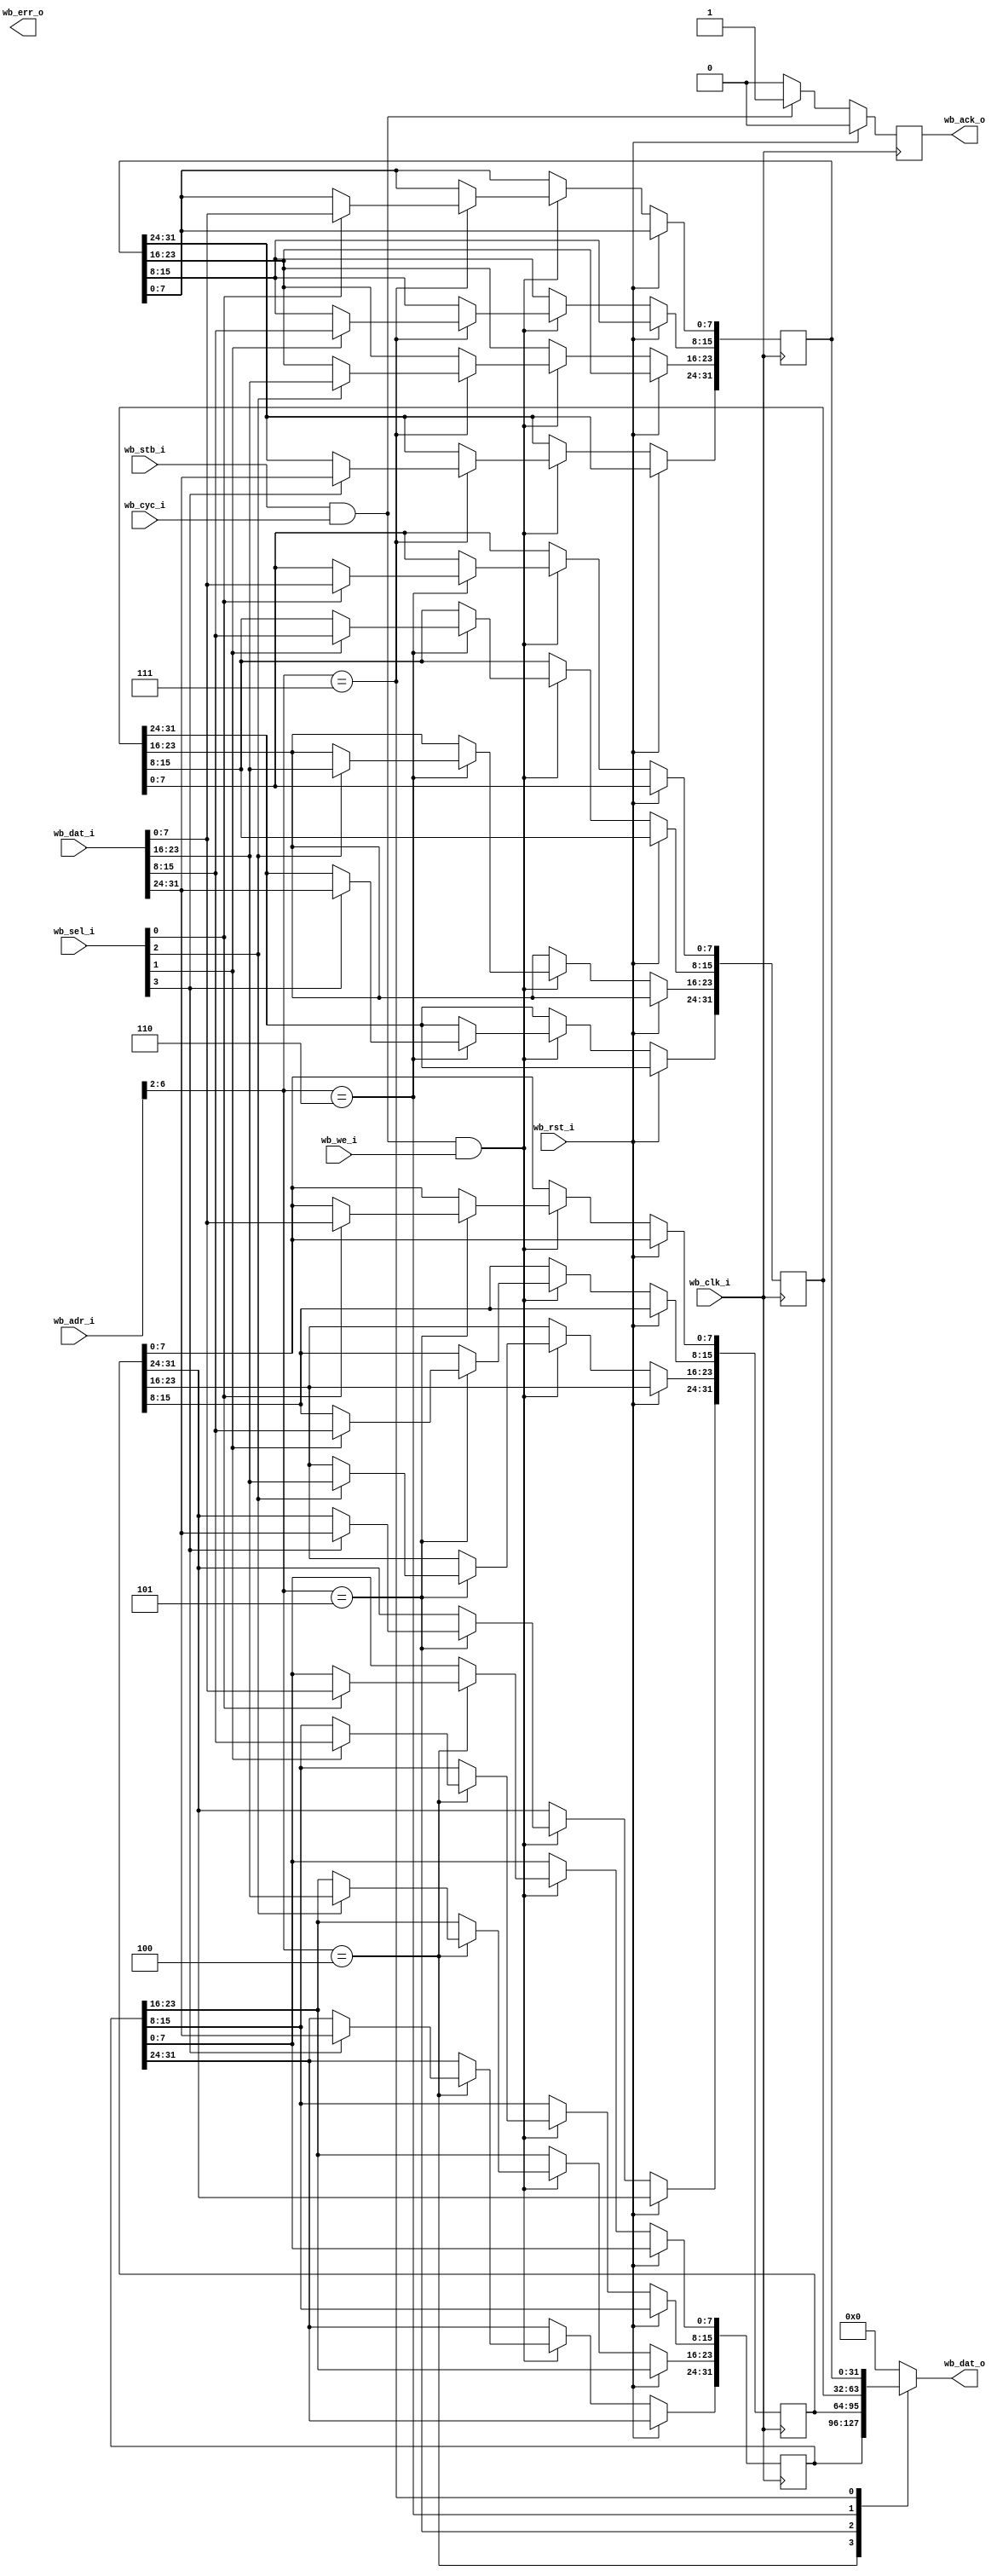
module sys_block #(
    parameter     BOARD_ID = 32'h0,
    parameter     REV_MAJ  = 32'h0,
    parameter     REV_MIN  = 32'h0,
    parameter     REV_RCS  = 32'h0
  )  (
    input         wb_clk_i,
    input         wb_rst_i,
    input         wb_cyc_i,
    input         wb_stb_i,
    input         wb_we_i,
    input   [3:0] wb_sel_i,
    input  [31:0] wb_adr_i,
    input  [31:0] wb_dat_i,
    output [31:0] wb_dat_o,
    output        wb_ack_o,
    output        wb_err_o

    //input         debug_clk,
    //input  [31:0] regin_0,
    //input  [31:0] regin_1,
    //input  [31:0] regin_2,
    //input  [31:0] regin_3,
    //input  [31:0] regin_4,
    //input  [31:0] regin_5,
    //input  [31:0] regin_6,
    //input  [31:0] regin_7,

    //output [31:0] regout_0,
    //output [31:0] regout_1,
    //output [31:0] regout_2,
    //output [31:0] regout_3,
    //output [31:0] regout_4,
    //output [31:0] regout_5,
    //output [31:0] regout_6,
    //output [31:0] regout_7
  );

  /* latch data in */
  //reg [31:0] regin_0_R;
  //reg [31:0] regin_1_R;
  //reg [31:0] regin_2_R;
  //reg [31:0] regin_3_R;
  //reg [31:0] regin_4_R;
  //reg [31:0] regin_5_R;
  //reg [31:0] regin_6_R;
  //reg [31:0] regin_7_R;
  //reg [31:0] regin_0_RR;
  //reg [31:0] regin_1_RR;
  //reg [31:0] regin_2_RR;
  //reg [31:0] regin_3_RR;
  //reg [31:0] regin_4_RR;
  //reg [31:0] regin_5_RR;
  //reg [31:0] regin_6_RR;
  //reg [31:0] regin_7_RR;

  //always @(posedge wb_clk_i) begin
  //  regin_0_R <= regin_0;
  //  regin_1_R <= regin_1;
  //  regin_2_R <= regin_2;
  //  regin_3_R <= regin_3;
  //  regin_4_R <= regin_4;
  //  regin_5_R <= regin_5;
  //  regin_6_R <= regin_6;
  //  regin_7_R <= regin_7;
  //  regin_0_RR<= regin_0_R;
  //  regin_1_RR<= regin_1_R;
  //  regin_2_RR<= regin_2_R;
  //  regin_3_RR<= regin_3_R;
  //  regin_4_RR<= regin_4_R;
  //  regin_5_RR<= regin_5_R;
  //  regin_6_RR<= regin_6_R;
  //  regin_7_RR<= regin_7_R;
  //end

  ///* latch data out */
  //reg [31:0] regout_0_reg;
  //reg [31:0] regout_1_reg;
  //reg [31:0] regout_2_reg;
  //reg [31:0] regout_3_reg;
  //reg [31:0] regout_4_reg;
  //reg [31:0] regout_5_reg;
  //reg [31:0] regout_6_reg;
  //reg [31:0] regout_7_reg;

  //reg [31:0] regout_0_R;
  //reg [31:0] regout_1_R;
  //reg [31:0] regout_2_R;
  //reg [31:0] regout_3_R;
  //reg [31:0] regout_4_R;
  //reg [31:0] regout_5_R;
  //reg [31:0] regout_6_R;
  //reg [31:0] regout_7_R;
  //reg [31:0] regout_0_RR;
  //reg [31:0] regout_1_RR;
  //reg [31:0] regout_2_RR;
  //reg [31:0] regout_3_RR;
  //reg [31:0] regout_4_RR;
  //reg [31:0] regout_5_RR;
  //reg [31:0] regout_6_RR;
  //reg [31:0] regout_7_RR;

  //always @(posedge debug_clk) begin
  //  regout_0_R <= regout_0_reg;
  //  regout_1_R <= regout_1_reg;
  //  regout_2_R <= regout_2_reg;
  //  regout_3_R <= regout_3_reg;
  //  regout_4_R <= regout_4_reg;
  //  regout_5_R <= regout_5_reg;
  //  regout_6_R <= regout_6_reg;
  //  regout_7_R <= regout_7_reg;

  //  regout_0_RR<= regout_0_R;
  //  regout_1_RR<= regout_1_R;
  //  regout_2_RR<= regout_2_R;
  //  regout_3_RR<= regout_3_R;
  //  regout_4_RR<= regout_4_R;
  //  regout_5_RR<= regout_5_R;
  //  regout_6_RR<= regout_6_R;
  //  regout_7_RR<= regout_7_R;
  //end

  //assign regout_0 = regout_0_RR;
  //assign regout_1 = regout_1_RR;
  //assign regout_2 = regout_2_RR;
  //assign regout_3 = regout_3_RR;
  //assign regout_4 = regout_4_RR;
  //assign regout_5 = regout_5_RR;
  //assign regout_6 = regout_6_RR;
  //assign regout_7 = regout_7_RR;

  reg [31:0] scratchpad [3:0];

  reg wb_ack_reg;
  assign wb_ack_o = wb_ack_reg;
  always @(posedge wb_clk_i) begin
    wb_ack_reg <= 1'b0;
    if (wb_rst_i) begin
    end else begin
      if (wb_stb_i && wb_cyc_i) begin
        wb_ack_reg <= 1'b1;
      end
    end
  end

  /* wb write */
  always @(posedge wb_clk_i) begin
    if (wb_rst_i) begin
      //regout_0_reg <= 32'd0;
      //regout_1_reg <= 32'd0;
      //regout_2_reg <= 32'd0;
      //regout_3_reg <= 32'd0;
      //regout_4_reg <= 32'd0;
      //regout_5_reg <= 32'd0;
      //regout_6_reg <= 32'd0;
      //regout_7_reg <= 32'd0;
    end else begin
      if (wb_stb_i && wb_cyc_i && wb_we_i) begin
        case (wb_adr_i[6:2])
          /* TODO: add byte enables to test */
          5'h4: begin
            if (wb_sel_i[0])
              scratchpad[0][7:0] <= wb_dat_i[7:0];
            if (wb_sel_i[1])
              scratchpad[0][15:8] <= wb_dat_i[15:8];
            if (wb_sel_i[2])
              scratchpad[0][23:16] <= wb_dat_i[23:16];
            if (wb_sel_i[3])
              scratchpad[0][31:24] <= wb_dat_i[31:24];
          end
          5'h5: begin
            if (wb_sel_i[0])
              scratchpad[1][7:0] <= wb_dat_i[7:0];
            if (wb_sel_i[1])
              scratchpad[1][15:8] <= wb_dat_i[15:8];
            if (wb_sel_i[2])
              scratchpad[1][23:16]<= wb_dat_i[23:16];
            if (wb_sel_i[3])
              scratchpad[1][31:24] <= wb_dat_i[31:24];
          end
          5'h6: begin
            if (wb_sel_i[0])
              scratchpad[2][7:0] <= wb_dat_i[7:0];
            if (wb_sel_i[1])
              scratchpad[2][15:8] <= wb_dat_i[15:8];
            if (wb_sel_i[2])
              scratchpad[2][23:16] <= wb_dat_i[23:16];
            if (wb_sel_i[3])
              scratchpad[2][31:24] <= wb_dat_i[31:24];
          end
          5'h7: begin
            if (wb_sel_i[0])
              scratchpad[3][7:0] <= wb_dat_i[7:0];
            if (wb_sel_i[1])
              scratchpad[3][15:8] <= wb_dat_i[15:8];
            if (wb_sel_i[2])
              scratchpad[3][23:16] <= wb_dat_i[23:16];
            if (wb_sel_i[3])
              scratchpad[3][31:24] <= wb_dat_i[31:24];
          end
          //5'h10: regout_0_reg <= wb_dat_i;
          //5'h11: regout_1_reg <= wb_dat_i;
          //5'h12: regout_2_reg <= wb_dat_i;
          //5'h13: regout_3_reg <= wb_dat_i;
          //5'h14: regout_4_reg <= wb_dat_i;
          //5'h15: regout_5_reg <= wb_dat_i;
          //5'h16: regout_6_reg <= wb_dat_i;
          //5'h17: regout_7_reg <= wb_dat_i;
        endcase
      end
    end
  end

  /* wb read */

  reg [31:0] wb_dat_o_reg;
  assign wb_dat_o = wb_dat_o_reg;

  always @(*) begin
    case (wb_adr_i[6:2])
      5'h0:   wb_dat_o_reg <= BOARD_ID;
      5'h1:   wb_dat_o_reg <= REV_MAJ;
      5'h2:   wb_dat_o_reg <= REV_MIN;
      5'h3:   wb_dat_o_reg <= REV_RCS;
      5'h4:   wb_dat_o_reg <= scratchpad[0];
      5'h5:   wb_dat_o_reg <= scratchpad[1];
      5'h6:   wb_dat_o_reg <= scratchpad[2];
      5'h7:   wb_dat_o_reg <= scratchpad[3];
      //5'h8:   wb_dat_o_reg <= regin_0_RR;
      //5'h9:   wb_dat_o_reg <= regin_1_RR;
      //5'ha:   wb_dat_o_reg <= regin_2_RR;
      //5'hb:   wb_dat_o_reg <= regin_3_RR;
      //5'hc:   wb_dat_o_reg <= regin_4_RR;
      //5'hd:   wb_dat_o_reg <= regin_5_RR;
      //5'he:   wb_dat_o_reg <= regin_6_RR;
      //5'hf:   wb_dat_o_reg <= regin_7_RR;
      //5'h10:  wb_dat_o_reg <= regout_0_reg;
      //5'h11:  wb_dat_o_reg <= regout_1_reg;
      //5'h12:  wb_dat_o_reg <= regout_2_reg;
      //5'h13:  wb_dat_o_reg <= regout_3_reg;
      //5'h14:  wb_dat_o_reg <= regout_4_reg;
      //5'h15:  wb_dat_o_reg <= regout_5_reg;
      //5'h16:  wb_dat_o_reg <= regout_6_reg;
      //5'h17:  wb_dat_o_reg <= regout_7_reg;
      default:
              wb_dat_o_reg <= 32'b0;
        
    endcase
  end

endmodule